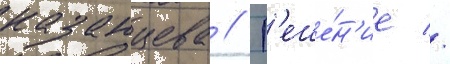
казанцева // Р'еше́н'ие //